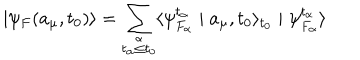
LaTeX: \mid \psi _ { F } ( a _ { \mu } , t _ { 0 } ) \rangle = \sum _ { \stackrel { \alpha } { t _ { \alpha } \leq t _ { 0 } } } \langle \psi _ { F _ { \alpha } } ^ { t _ { \alpha } } \mid a _ { \mu } , t _ { 0 } \rangle _ { t _ { 0 } } \mid \psi _ { F _ { \alpha } } ^ { t _ { \alpha } } \rangle